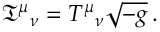
{ \mathfrak { T } } ^ { \mu } { } _ { \nu } = T ^ { \mu } { } _ { \nu } { \sqrt { - g } } \, .